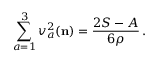
\sum _ { a = 1 } ^ { 3 } v _ { a } ^ { 2 } ( { \mathbf { n } } ) = \frac { 2 S - A } { 6 \rho } \, .